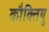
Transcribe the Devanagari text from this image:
कौक्तियु